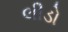
લીડો